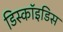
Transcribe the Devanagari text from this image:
डिस्कॉइडिस